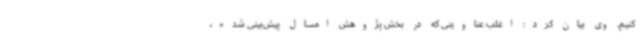
کنیم. وی بیان کرد: اغلب عناوینی که در بخش پژوهش امسال پیش‌بینی شده،